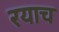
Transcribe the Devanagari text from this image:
रयाच